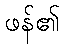
ဖန်၏